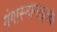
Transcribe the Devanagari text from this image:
गंगास्नानाइतके